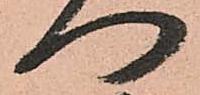
門